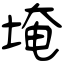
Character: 埯